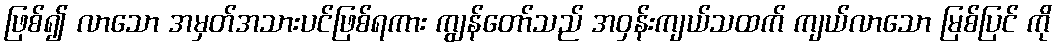
ဖြစ်၍ လာသော အမှတ်အသားပင်ဖြစ်ရကား ကျွန်တော်သည် အဝှန်းကျယ်သထက် ကျယ်လာသော မြစ်ပြင် ကို